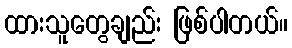
ထားသူတွေချည်း ဖြစ်ပါတယ်။